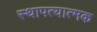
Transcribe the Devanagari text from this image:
स्थापत्यात्मक